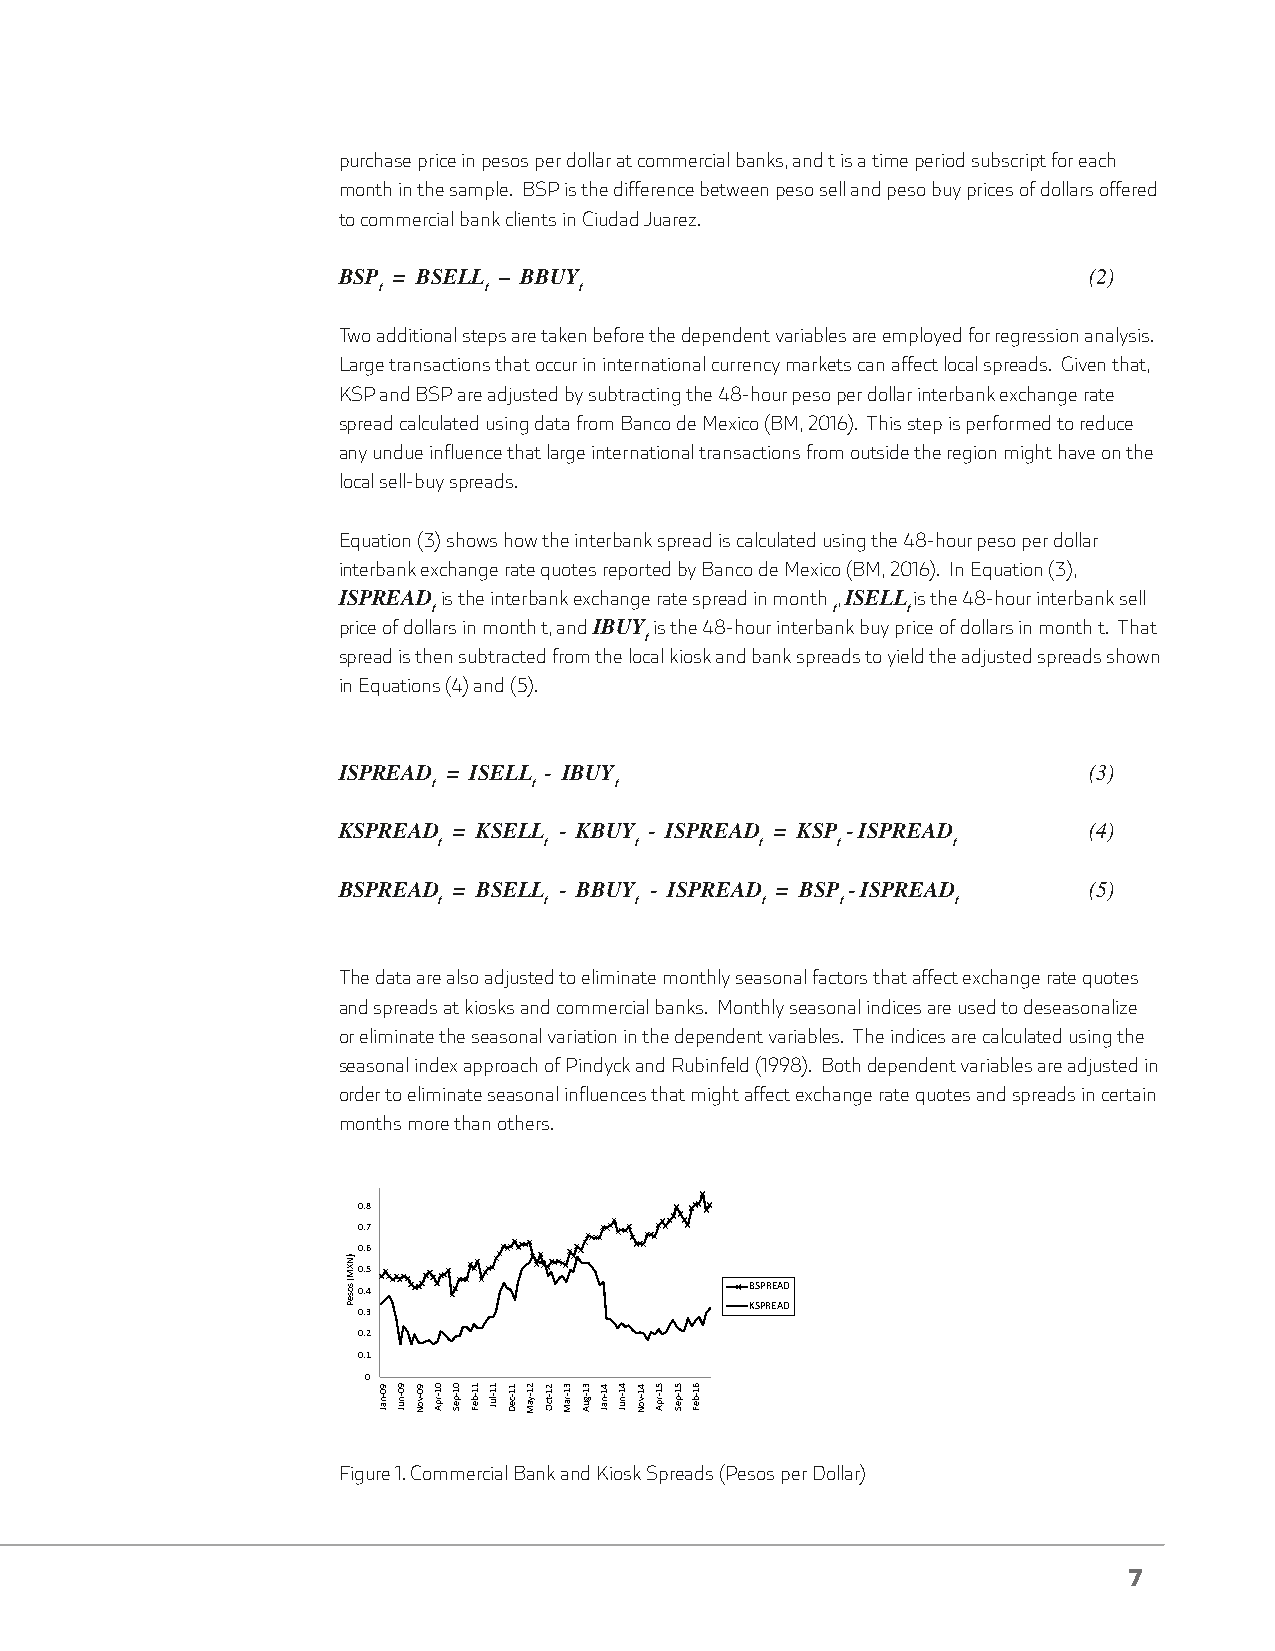
purchase price in pesos per dollar at commercial banks, and t is a time period subscript for each
 month in the sample. BSP is the difference between peso sell and peso buy prices of dollars offered
 to commercial bank clients in Ciudad Juarez.
 BSP = BSELL – BBUY                                (2)
 t      t     t
 Two additional steps are taken before the dependent variables are employed for regression analysis.
 Large transactions that occur in international currency markets can affect local spreads. Given that,
 KSP and BSP are adjusted by subtracting the 48-hour peso per dollar interbank exchange rate
 spread calculated using data from Banco de Mexico (BM, 2016). This step is performed to reduce
 any undue influence that large international transactions from outside the region might have on the
 local sell-buy spreads.
 Equation (3) shows how the interbank spread is calculated using the 48-hour peso per dollar
 interbank exchange rate quotes reported by Banco de Mexico (BM, 2016). In Equation (3),
 ISPREAD is the interbank exchange rate spread in month , ISELLis the 48-hour interbank sell
 t                         t    t
 price of dollars in month t, and IBUY is the 48-hour interbank buy price of dollars in month t. That
 t
 spread is then subtracted from the local kiosk and bank spreads to yield the adjusted spreads shown
 in Equations (4) and (5).
 ISPREAD = ISELL - IBUY                            (3)
 t     t     t
 KSPREAD = KSELL - KBUY - ISPREAD = KSP - ISPREAD  (4)
 t      t     t       t    t       t
 BSPREAD = BSELL - BBUY - ISPREAD = BSP - ISPREAD  (5)
 t      t     t       t     t      t
 The data are also adjusted to eliminate monthly seasonal factors that affect exchange rate quotes
 and spreads at kiosks and commercial banks. Monthly seasonal indices are used to deseasonalize
 or eliminate the seasonal variation in the dependent variables. The indices are calculated using the
 seasonal index approach of Pindyck and Rubinfeld (1998). Both dependent variables are adjusted in
 order to eliminate seasonal influences that might affect exchange rate quotes and spreads in certain
 months more than others.
 0.9
 0.8
 0.7
 0.6
 0.5
 0.4                       BSPREAD
 KSPREAD
 0.3
 0.2
 0.1
 0
 Figure 1. Commercial Bank and Kiosk Spreads (Pesos per Dollar)
 7
 )NXM(
 soseP
 90-naJ 90-nuJ 90-voN 01-rpA 01-peS 11-beF 11-luJ 11-ceD 21-yaM 21-tcO 31-raM 31-guA 41-naJ 41-nuJ 41-voN 51-rpA 51-peS 61-beF